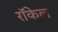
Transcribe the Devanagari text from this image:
राॅकेल